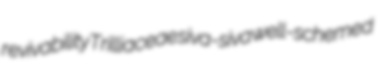
revivability Trilliaceae siva-siva well-schemed